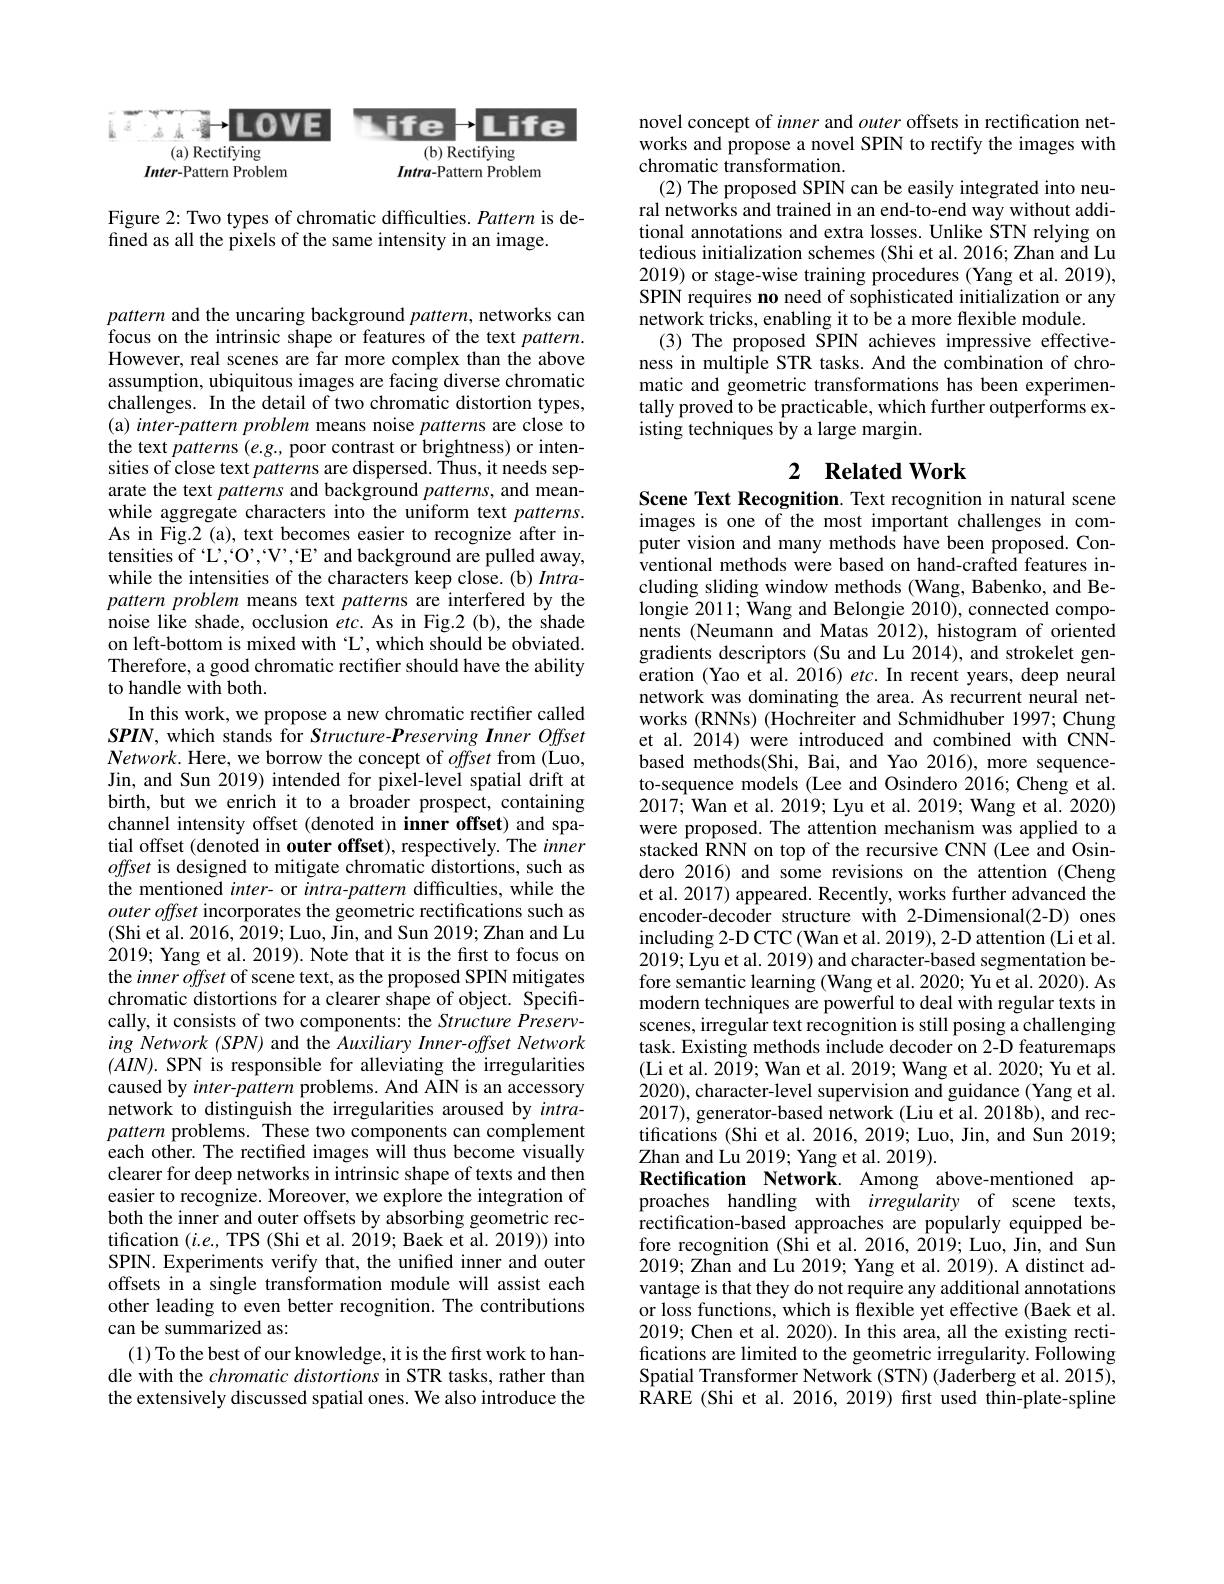
<FigureHere>

Figure 2: Two types of chromatic difficulties. Pattern is de-
fined as all the pixels of the same intensity in an image.

pattern and the uncaring background $pattern$, networks can focus on the intrinsic shape or features of the text $pattern.$ However, real scenes are far more complex than the above assumption, ubiquitous images are facing diverse chromatic challenges. In the detail of two chromatic distortion types, (a) inter-pattern problem means noise patterns are close to the text patterns (e.g., poor contrast or brightness) or intensities of close text patterns are dispersed. Thus, it needs separate the text patterns and background patterns, and meanwhile aggregate characters into the uniform text patterns. As in Fig.2 (a), text becomes easier to recognize after intensities of $\because$C$, \mathrm{O} ^\prime $,V$, \mathrm{E} ^\prime$ and background are pulled away, while the intensities of the characters keep close. (b) Intrapattern problem means text patterns are interfered by the noise like shade, occlusion etc. As in Fig.2 (b), the shade on left-bottom is mixed with C', which should be obviated. Therefore, a good chromatic rectifier should have the ability to handle with both.
In this work, we propose a new chromatic rectifer called SPIN, which stands for Structure-Preserving Inner Offset $Network.$ Here, we borrow the concept of offset from (Luo, Jin, and Sun 2019) intended for pixel-level spatial drift at birth, but we enrich it to a broader prospect, containing channel intensity offset (denoted in inner offset) and spatial offset (denoted in outer offset), respectively. The inner offset is designed to mitigate chromatic distortions, such as the mentioned inter- or intra-pattern difficulties, while the $outer\textit{offset incorporates the geometric rectifications such as}$ (Shi et al. 2016, 2019; Luo, Jin, and Sun 2019; Zhan and Lu 2019; Yang et al. 2019). Note that it is the first to focus on the inner offset of scene text, as the proposed SPIN mitigates chromatic distortions for a clearer shape of object. Specifically, it consists of two components: the Structure Preserving Network (SPN) and the Auxiliary Inner-offset Network $(AIN).$ SPN is responsible for alleviating the irregularities caused by inter-pattern problems. And AIN is an accessory network to distinguish the irregularities aroused by intrapattern problems. These two components can complement each other. The rectifed images will thus become visually clearer for deep networks in intrinsic shape of texts and then easier to recognize. Moreover, we explore the integration of both the inner and outer offsets by absorbing geometric rectification $(i.e.$, TPS (Shi et al. 2019; Baek et al. 2019)) into SPIN. Experiments verify that, the unified inner and outer offsets in a single transformation module will assist each other leading to even better recognition. The contributions can be summarized as:
(1) To the best of our knowledge, it is the first work to handle with the chromatic distortions in STR tasks, rather than the extensively discussed spatial ones. We also introduce the

novel concept of inner and outer offsets in rectification networks and propose a novel SPIN to rectify the images with chromatic transformation
(2) The proposed SPIN can be easily integrated into neural networks and trained in an end-to-end way without additional annotations and extra losses. Unlike STN relying on tedious initialization schemes (Shi et al. 2016; Zhan and Lu 2019) or stage-wise training procedures (Yang et al. 2019), SPIN requires no need of sophisticated initialization or any network tricks, enabling it to be a more flexible module.
(3) The proposed SPIN achieves impressive effectiveness in multiple STR tasks. And the combination of chromatic and geometric transformations has been experimentally proved to be practicable, which further outperforms existing techniques by a large margin.

## 2 $\textbf{Related Work}$

Scene Text Recognition. Text recognition in natural scene images is one of the most important challenges in computer vision and many methods have been proposed. Conventional methods were based on hand-crafted features including sliding window methods (Wang, Babenko, and Belongie 2011; Wang and Belongie 2010), connected components (Neumann and Matas 2012), histogram of oriented gradients descriptors (Su and Lu 2014), and strokelet generation (Yao et al. 2016) etc. In recent years, deep neural network was dominating the area. As recurrent neural networks (RNNs) (Hochreiter and Schmidhuber 1997; Chung et al. 2014) were introduced and combined with CNNbased methods(Shi, Bai, and Yao 2016), more sequenceto-sequence models (Lee and Osindero 2016; Cheng et al. 2017; Wan et al. 2019; Lyu et al. 2019; Wang et al. 2020) were proposed. The attention mechanism was applied to a stacked RNN on top of the recursive CNN (Lee and Osindero 2016) and some revisions on the attention (Cheng et al. 2017) appeared. Recently, works further advanced the encoder-decoder structure with 2-Dimensional(2-D) ones including 2-D CTC (Wan et al. 2019), 2-D attention (Li et al. 2019;Lyu et al. 2019) and character-based segmentation before semantic learning (Wang et al. 2020; Yu et al. 2020). As modern techniques are powerful to deal with regular texts in scenes, irregular text recognition is still posing a challenging task. Existing methods include decoder on 2-D featuremaps (Li et al. 2019; Wan et al. 2019; Wang et al. 2020; Yu et al. 2020), character-level supervision and guidance (Yang et al. 2017), generator-based network (Liu et al. 2018b), and rectifications (Shi et al. 2016, 2019; Luo, Jin, and Sun 2019; Zhan and Lu 2019; Yang et al. 2019).
Rectification Network. Among above-mentioned approaches handling with irregularity of scene texts, rectification-based approaches are popularly equipped before recognition (Shi et al. 2016, 2019; Luo, Jin, and Sun 2019;Zhan and Lu 2019; Yang et al. 2019). A distinct advantage is that they do not require any additional annotations or loss functions, which is flexible yet effective (Baek et al. 2019; Chen et al. 2020). In this area, all the existing rectifications are limited to the geometric irregularity. Following Spatial Transformer Network (STN) (Jaderberg et al. 2015), $\hat{\mathrm{RARE~(Shi~et~al.~2016,~2019)~first~used~thin-plate-spline}}$